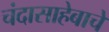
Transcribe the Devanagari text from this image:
चंदासाहेबाचे